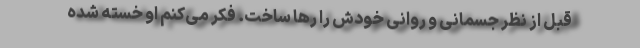
قبل از نظر جسمانی و روانی خودش را رها ساخت. فکر می‌کنم او خسته شده